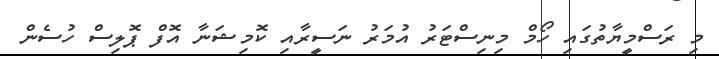
މި ރަސްމީޔާތުުގައި ހޯމް މިނިސްޓަރު އުމަރު ނަސީރާއި ކޮމިޝަނާ އޮފް ޕޮލިސް ހުސެން